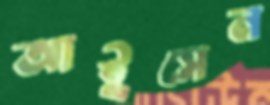
আইসেন